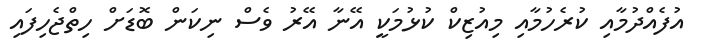
އުފެއްދުމާއި ކުރެހުމާއި މިއުޒިކް ކުޅުމަކީ އޭނާ އޭރު ވެސް ނިކަން ބޮޑަށް ހިތްޖެހިފައި